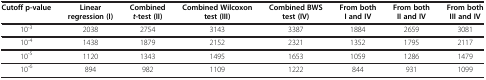
| Cutoff p-value | Linear regression (I) | Combined t-test (II) | Combined Wilcoxon test (III) | Combined BWS test (IV) | From both I and IV | From both II and IV | From both III and IV |
 | --- | --- | --- | --- | --- | --- | --- | --- |
 | 10-3 | 2038 | 2754 | 3143 | 3387 | 1884 | 2659 | 3081 |
 | 10-4 | 1438 | 1879 | 2152 | 2321 | 1352 | 1795 | 2117 |
 | 10-5 | 1120 | 1343 | 1495 | 1653 | 1059 | 1286 | 1479 |
 | 10-6 | 894 | 982 | 1109 | 1222 | 844 | 931 | 1099 |